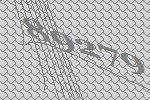
89279